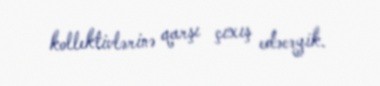
kollektivlərinə qarşı çıxış edəcəyik.